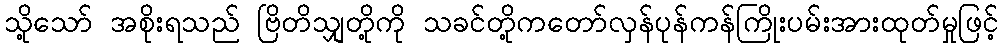
သို့သော် အစိုးရသည် ဗြိတိသျှတို့ကို သခင်တို့ကတော်လှန်ပုန်ကန်ကြိုးပမ်းအားထုတ်မှုဖြင့်